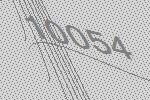
10054